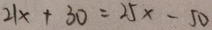
2 1 x + 3 0 = 2 5 x - 5 0